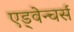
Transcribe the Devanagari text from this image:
एड्वेन्चर्स